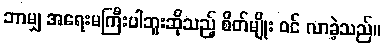
ဘာမျှ အရေးမကြီးပါဘူးဆိုသည့် စိတ်မျိုး ဝင် လာခဲ့သည်။